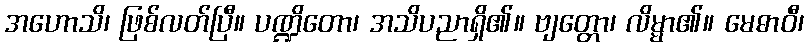
အဟောသိ၊ ဖြစ်လတ်ပြီ။ ပဏ္ဍိတော၊ အသိပညာရှိ၏။ ဗျတ္တော၊ လိမ္မာ၏။ မေဓာဝီ၊